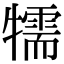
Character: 㹘